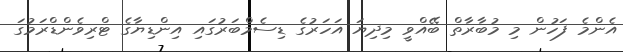
އެންމެ ފަހުން މި މުބާރާތް ބޭއްވީ މިދިޔަ އަހަރުގެ ޑިސެމްބަރުގައި އިންޑިޔާގެ ޓްރިވެންޑްރަމުގަ